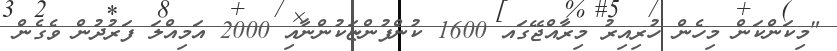
"މިކަންކަން މިހެން ހުރިއިރު މިރާއްޖޭގައ 1600 ކުންފުންޏަކުންނާއި 2000 އަމިއްލަ ފަރުދުން ވެގެން